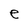
Character: e